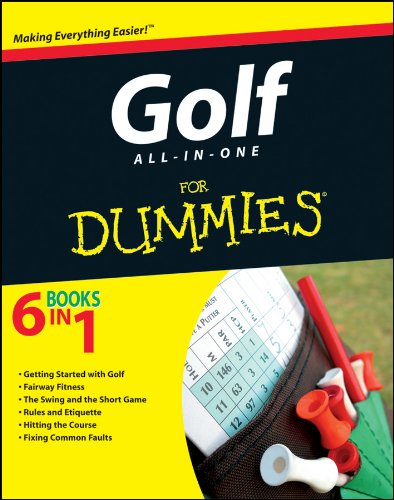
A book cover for Golf All-in-One For Dummies; Consumer Dummies; Sports & Outdoors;